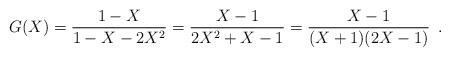
LaTeX: \begin{align*}G(X) = \frac{1-X}{1-X-2X^2} = \frac{X-1}{2X^2 + X - 1} = \frac{X-1}{(X+1)(2X-1)} \enspace .\end{align*}